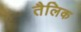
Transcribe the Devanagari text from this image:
तैलिक